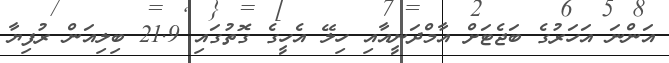
އަންނަ އަހަރުގެ ބަޖެޓަށް އާމްދަނީއާއި ހިލޭ އެހީގެ ގޮތުގައި 21.9 ބިލިއަން ރުފިޔާ